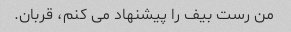
من رست بیف را پیشنهاد می کنم، قربان.